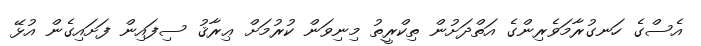
އެސްގެ ހަނގުރާމަވެރިންގެ އަތްދަށުން ތިކްރީތު މިނިވަން ކުރުމަށް ޢިރާޤު ސިފައިން ފަށައިގެން އުޅޭ